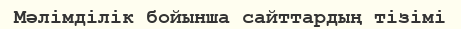
Мәлiмдiлiк бойынша сайттардың тiзiмi